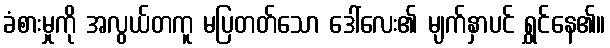
ခံစားမှုကို အလွယ်တကူ မပြတတ်သော ဒေါ်လေး၏ မျက်နှာပင် ရွှင်နေ၏။